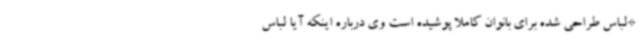
*لباس طراحی شده برای بانوان کاملا پوشیده است وی درباره اینکه آیا لباس